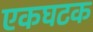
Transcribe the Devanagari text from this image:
एकघटक